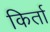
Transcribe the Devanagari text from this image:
किर्ता